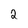
Character: 2